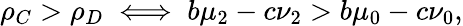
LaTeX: \rho_{C}>\rho_{D}\iff b\mu_{2}-c\nu_{2}>b\mu_{0}-c\nu_{0},